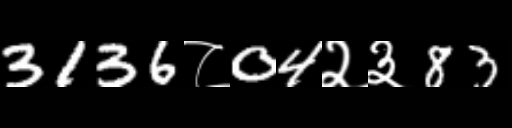
Text: 3136८04२३83